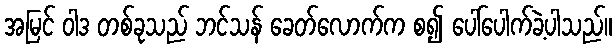
အမြင် ဝါဒ တစ်ခုသည် ဘင်သန် ခေတ်လောက်က စ၍ ပေါ်ပေါက်ခဲ့ပါသည်။